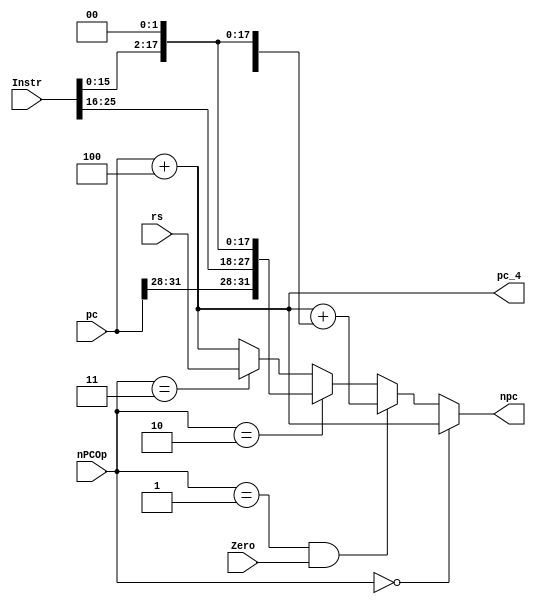
`timescale 1ns / 1ps
//////////////////////////////////////////////////////////////////////////////////
// Company: 
// Engineer: 
// 
// Design Name: 
// Module Name:    nPC 
// Project Name: 
// Target Devices: 
// Tool versions: 
// Description: 
//
// Dependencies: 
//
// Revision: 
// Revision 0.01 - File Created
// Additional Comments: 
//
//////////////////////////////////////////////////////////////////////////////////
module nPC(
    input [25:0] Instr,
    input [31:0] pc,
    input [31:0] rs,
	 input Zero,
    input [2:0] nPCOp,
    output [31:0] npc,
    output [31:0] pc_4
    );

	wire [15:0] offset;
	parameter	other = 3'b000,
					beq = 3'b001,
					jal = 3'b010,
					jr = 3'b011;
	
	assign offset = Instr[15:0];
	
	assign pc_4 = pc + 4;
	
	assign npc = (nPCOp == other) 				? pc_4 :
					 (nPCOp == beq && Zero == 1) 	? pc_4 + {{14{offset[15]}},offset,2'b00} :
					 (nPCOp == jal) 					? {pc[31:28],Instr,2'b0} : 
					 (nPCOp == jr)						? rs :
															  pc_4;

endmodule